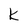
Character: k